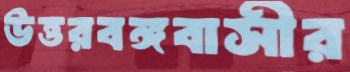
উত্তরবঙ্গবাসীর